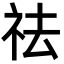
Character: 祛